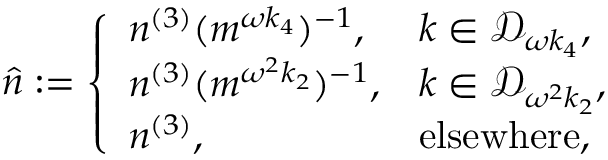
\begin{array} { r } { \hat { n } : = \left\{ \begin{array} { l l } { n ^ { ( 3 ) } ( m ^ { \omega k _ { 4 } } ) ^ { - 1 } , } & { k \in \mathcal { D } _ { \omega k _ { 4 } } , } \\ { n ^ { ( 3 ) } ( m ^ { \omega ^ { 2 } k _ { 2 } } ) ^ { - 1 } , } & { k \in \mathcal { D } _ { \omega ^ { 2 } k _ { 2 } } , } \\ { n ^ { ( 3 ) } , } & { \mathrm { e l s e w h e r e } , } \end{array} \right. } \end{array}